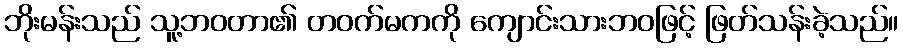
ဘိုးမန်းသည် သူ့ဘဝတာ၏ တဝက်မကကို ကျောင်းသားဘဝဖြင့် ဖြတ်သန်းခဲ့သည်။